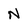
Character: N